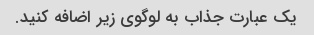
یک عبارت جذاب به لوگوی زیر اضافه کنید.